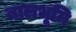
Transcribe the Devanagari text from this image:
बालभूमि